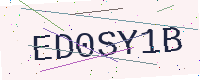
Text: ED0SY1B